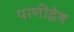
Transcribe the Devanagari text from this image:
पाणीद्वेष